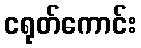
ငရုတ်ကောင်း